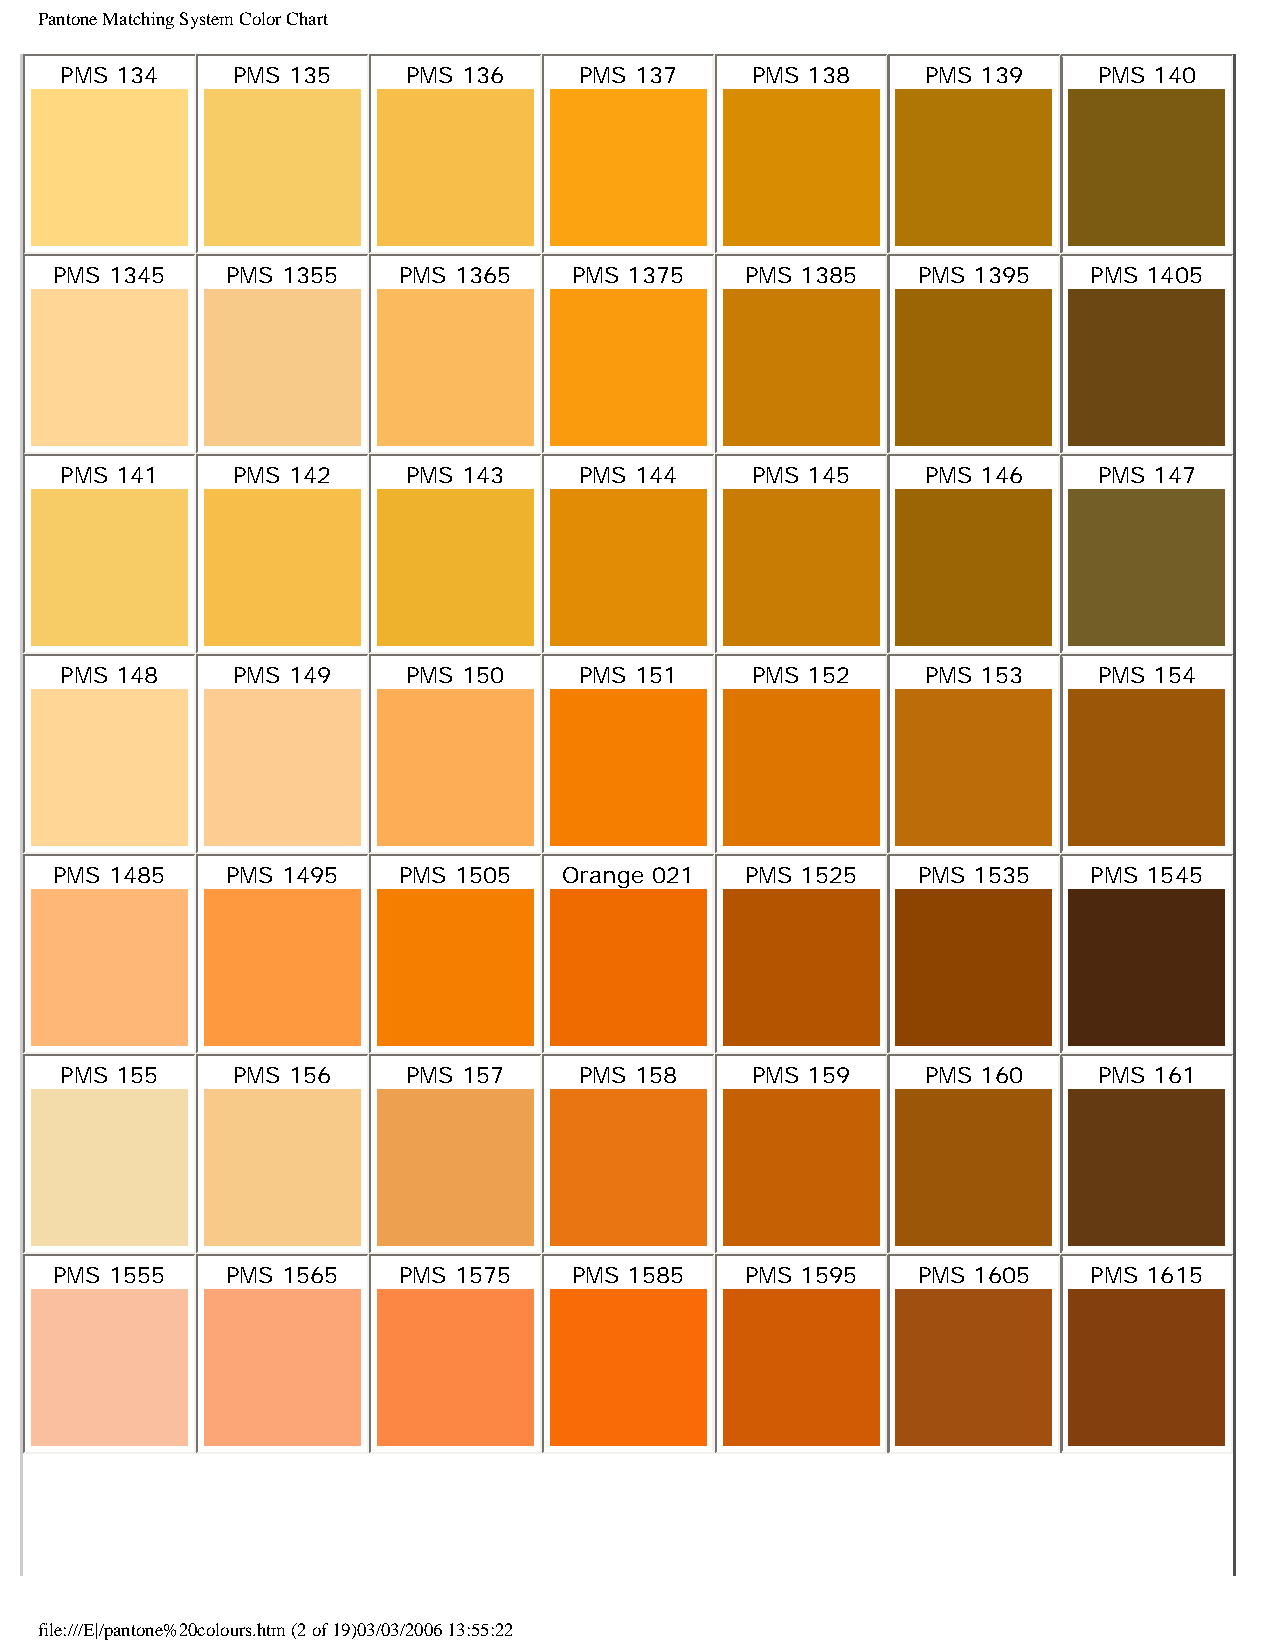
Pantone Matching System Color Chart
 PMS 134    PMS 135     PMS 136    PMS 137     PMS 138    PMS 139     PMS 140
 PMS 1345   PMS 1355   PMS 1365    PMS 1375   PMS 1385    PMS 1395   PMS 1405
 PMS 141    PMS 142     PMS 143    PMS 144     PMS 145    PMS 146     PMS 147
 PMS 148    PMS 149     PMS 150    PMS 151     PMS 152    PMS 153     PMS 154
 PMS 1485   PMS 1495   PMS 1505   Orange 021  PMS 1525    PMS 1535   PMS 1545
 PMS 155    PMS 156     PMS 157    PMS 158     PMS 159    PMS 160     PMS 161
 PMS 1555   PMS 1565   PMS 1575    PMS 1585   PMS 1595    PMS 1605   PMS 1615
 file:///E|/pantone%20colours.htm (2 of 19)03/03/2006 13:55:22